Regulations for the medical services of the Army of India
Year: 1930
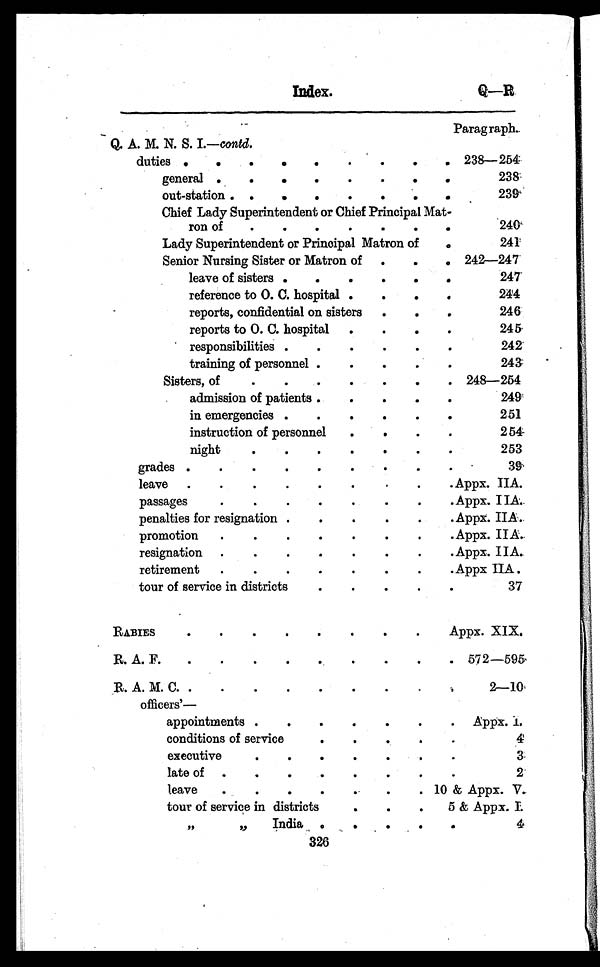
Index.
Q—R
Paragraph.
Q. A. M. N. S. I.—cond.
duties . . .
238—254
general . . .
238
out-station . . .
239
Chief Lady Superintendent or Chief Principal Mat
-ron of . . .
240
Lady Superintendent or Principal Matron of . . .
241
Senior Nursing Sister or Matron of . . .
242—247
leave of sisters . . .
247
reference to O. C. hospital . . .
244
reports, confidential on sisters . . .
246
reports to O. C. hospital . . .
245
responsibilities . . .
242
training of personnel . . .
243
Sisters, of . . .
248—254
admission of patients . . .
249
in emergencies . . .
251
i nst r uct i on of per sonnel . . .
254
night . . .
253
grades . . .
39
leave . . .
Appx. IIA.
passages . . .
Appx. IIA.
penalties for resignation . . .
Appx. IIA.
promotion . . .
Appx. IIA.
resignation . . .
Appx. IIA.
retirement . . .
Appx IIA.
tour of service in districts . . .
37
RABIES . . .
Appx. XIX.
R. A. F. . . .
572—595
R. A. M. C. . . .
2—10
o f f i c e r s ' —
appointments . . .
Appx. I.
c o n d i t i o n s o f s e r v i c e . . .
4
executive . . .
3
late of . . .
2
leave . . .
10 & Appx. V.
tour of service in districts . . .
5 & Appx. I.
" " India . . .
4
326